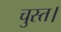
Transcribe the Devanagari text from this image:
चुस्त।